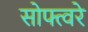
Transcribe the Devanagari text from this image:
सोफ्त्वरे